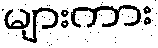
များကား